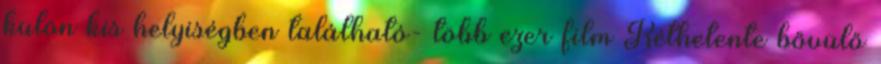
külön kis helyiségben található- több ezer film Kéthetente bővülő